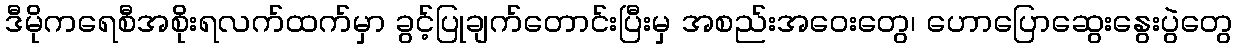
ဒီမိုကရေစီအစိုးရလက်ထက်မှာ ခွင့်ပြုချက်တောင်းပြီးမှ အစည်းအဝေးတွေ၊ ဟောပြောဆွေးနွေးပွဲတွေ